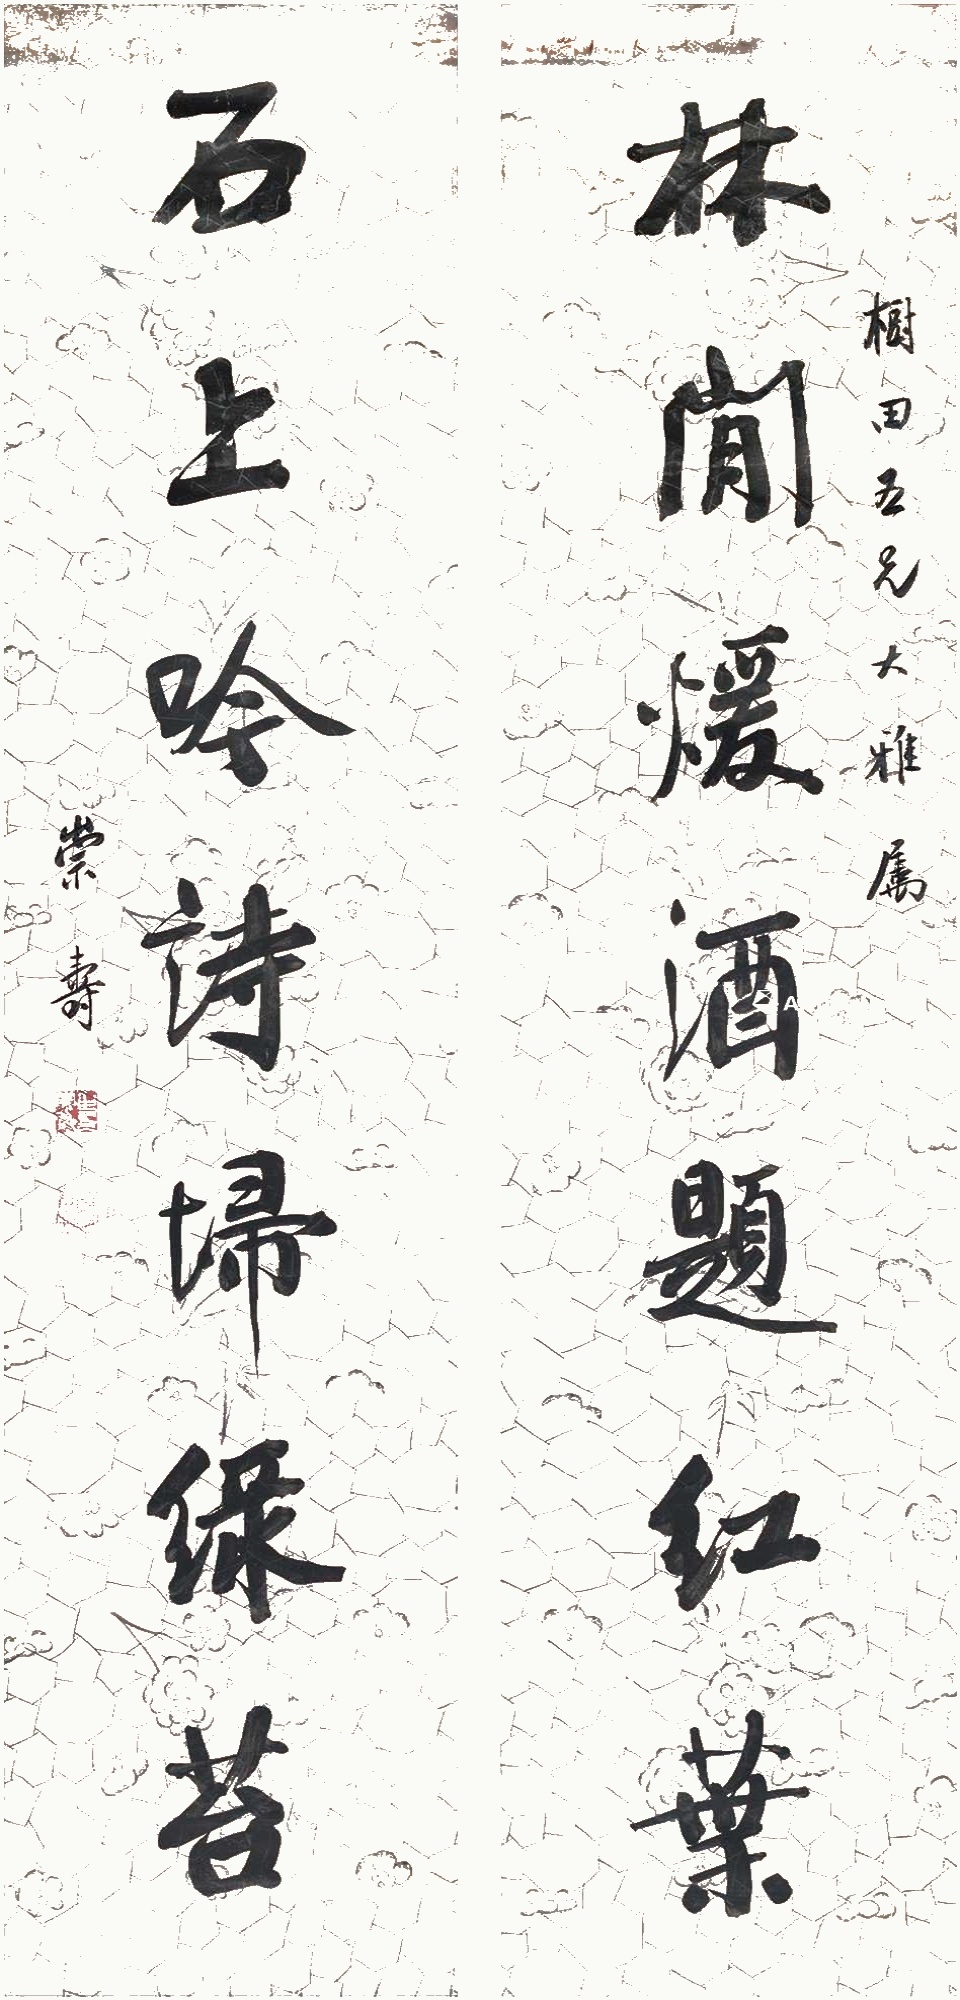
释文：林间暖酒题红叶，石上吟诗扫绿苔。树田五兄大雅属，崇寿。